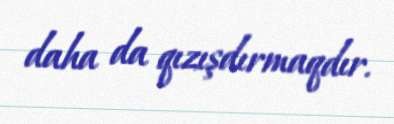
daha da qızışdırmaqdır.